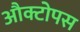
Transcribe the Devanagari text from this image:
औक्टोपस